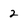
Character: 2